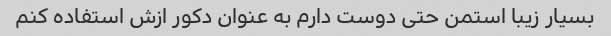
بسیار زیبا استمن حتی دوست دارم به عنوان دکور ازش استفاده کنم